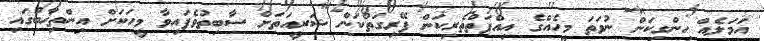
އަމަލެއް ހިންގިކަން ނުވަތަ މީހެއްގެ އިއްފަތްތެރިކަން ފޭރިގަތްކަން ޝަރީއަތަށް ސާބިތުވެފައިވާ މީހަކަށް އިންތިޚާބުގައި